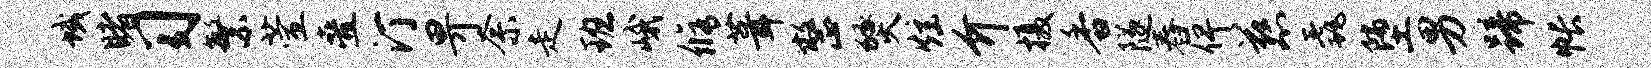
域睹习繁萱叠汀畀奈走班峨修葺整燹炫介摄香隧舂俾慈毳堕男蹄帐